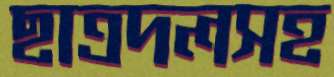
ছাত্রদলসহ